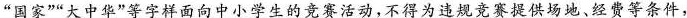
”国家””大中华”等字样面向中小学生的竞赛活动，不得为违规竞赛提供场地、经费等条件，